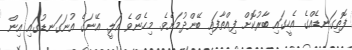
ފޮތިގަނޑެއްގެ އެހީގައި ބާރުކޮށް ފިއްތާފައި ބޭންދުމަށެވެ. މިހެންވެ އަލީ